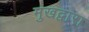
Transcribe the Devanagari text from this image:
मुखद्वारा